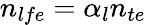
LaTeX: n_{lfe}=\alpha_{l}n_{te}